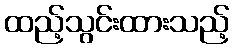
ထည့်သွင်းထားသည့်